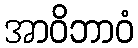
အာဝိဘာဝံ